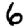
Digit: 6